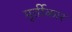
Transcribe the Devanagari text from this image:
मूर्तीकार